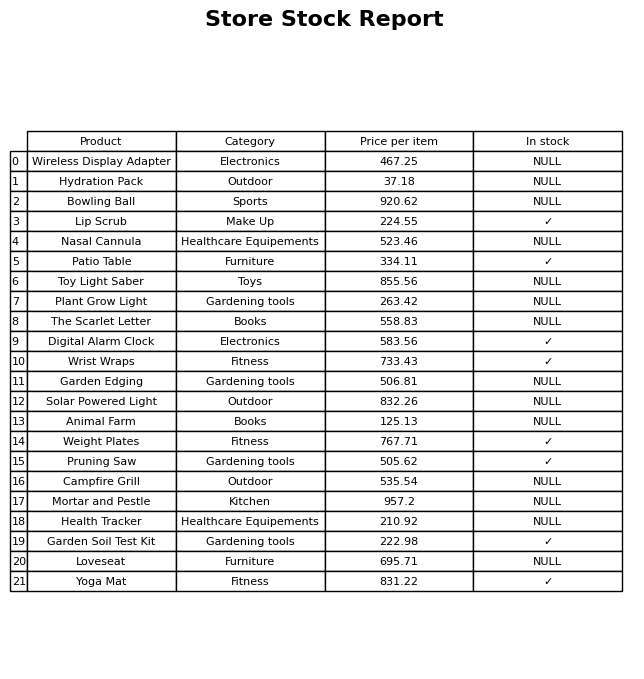
question: What is the price for Animal Farm?
answer: The price of Animal Farm is 125.13.